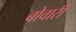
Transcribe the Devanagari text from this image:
बोवारी